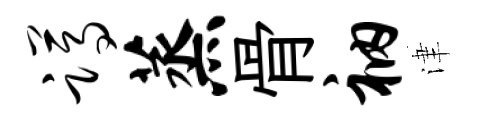
蹲蒸骨衲津